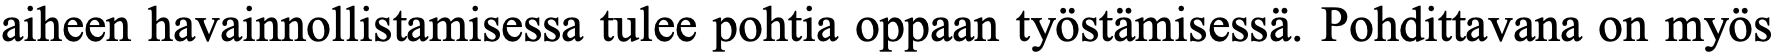
aiheen havainnollistamisessa tulee pohtia oppaan työstämisessä. Pohdittavana on myös